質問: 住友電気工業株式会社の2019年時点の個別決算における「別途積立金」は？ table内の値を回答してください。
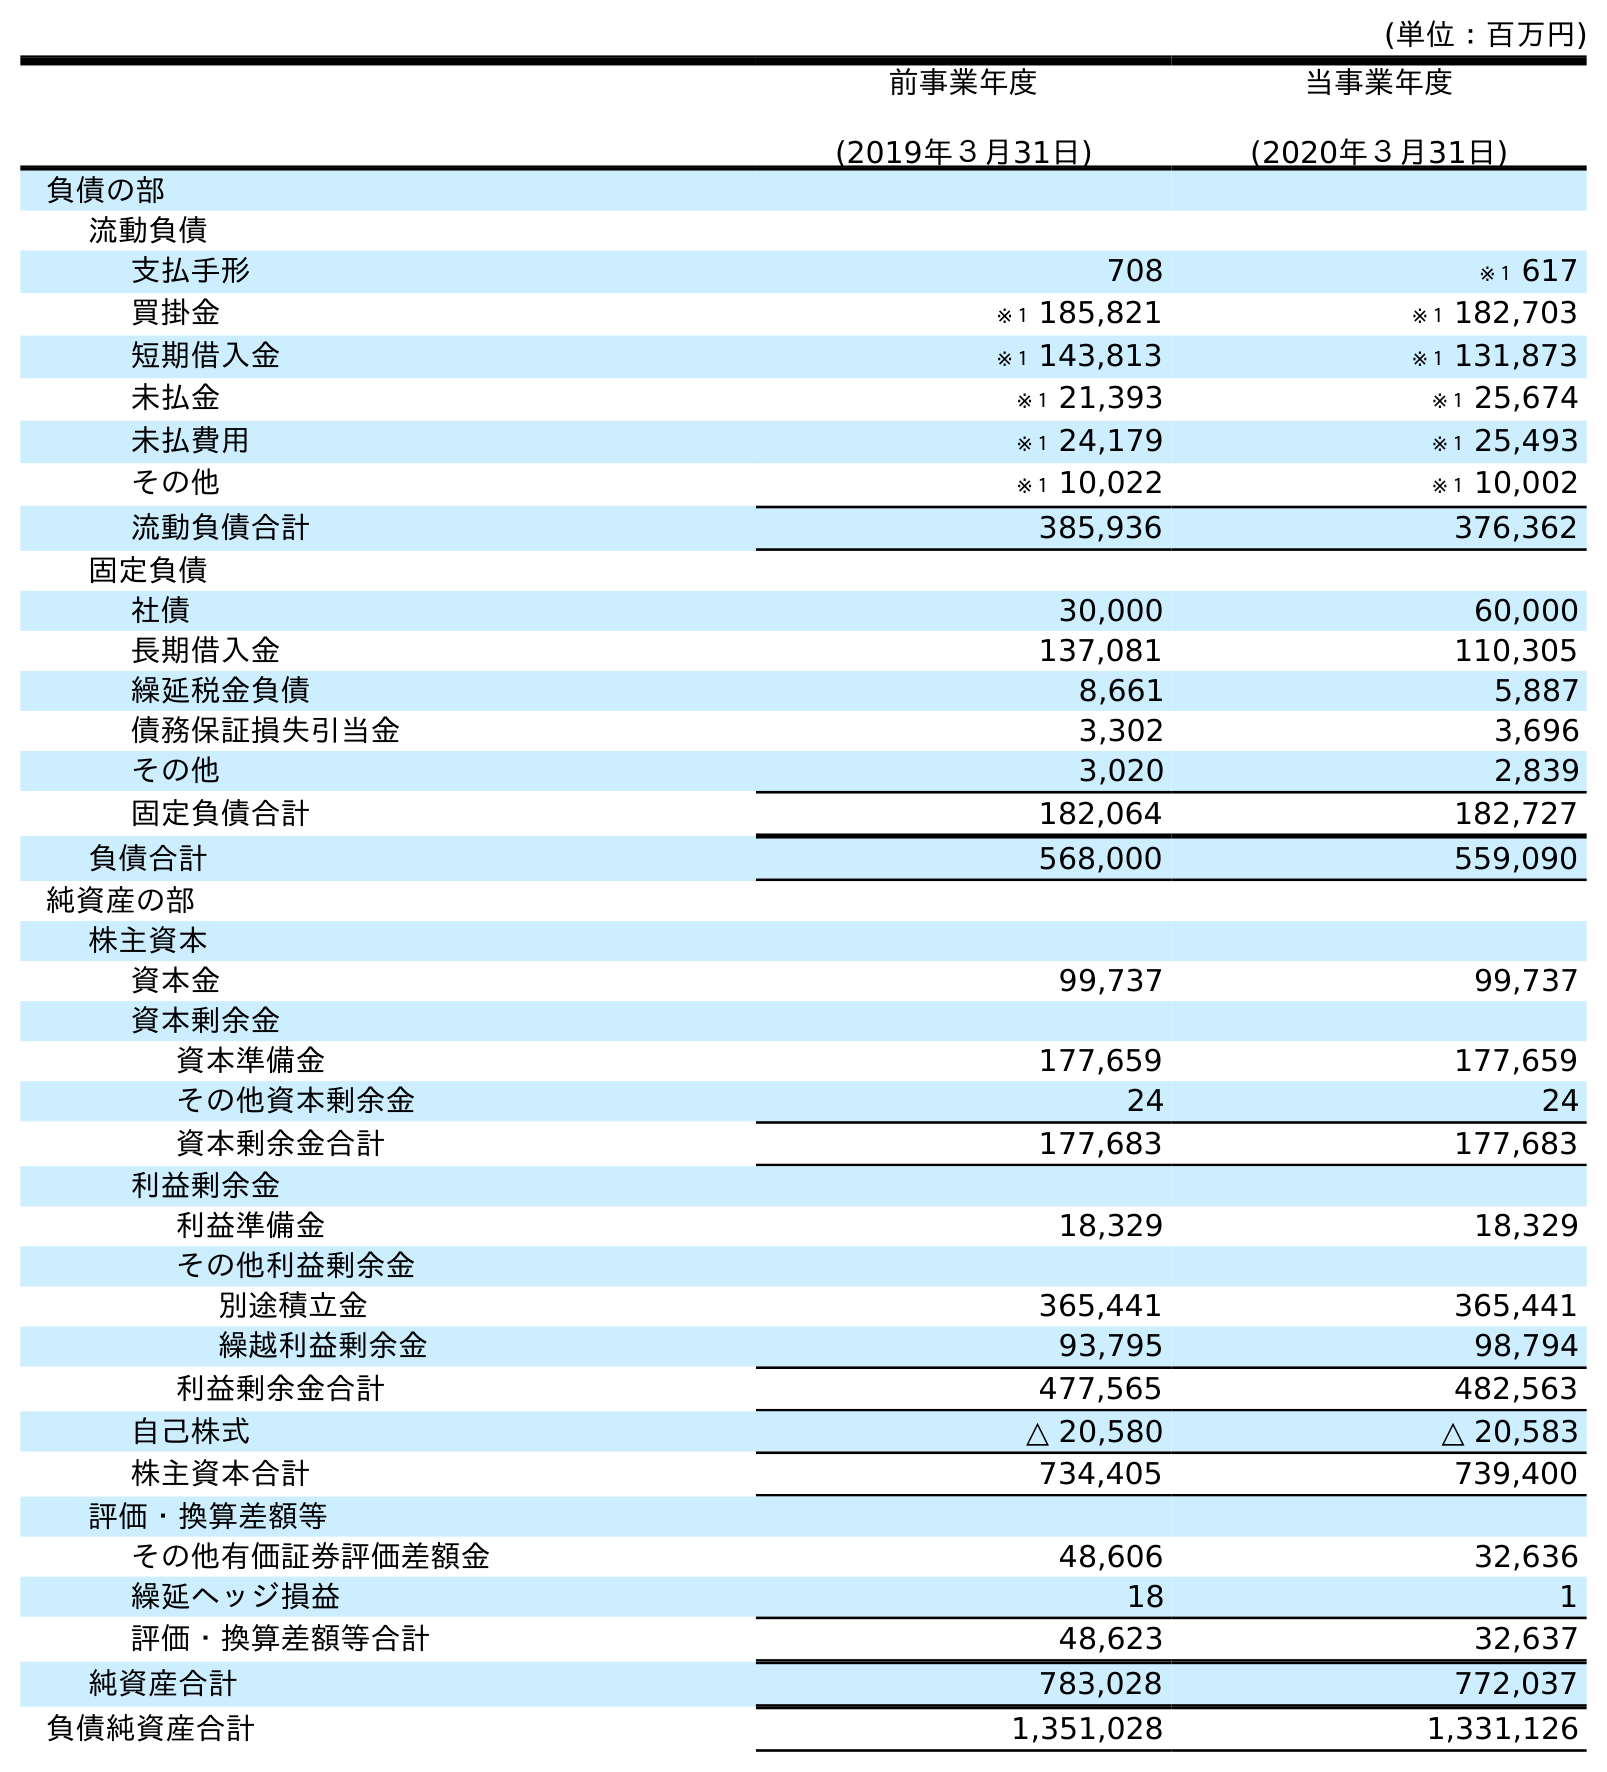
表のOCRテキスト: (単位：百万円) 前事業年度 (2019年３月31日) 当事業年度 (2020年３月31日) 負債の部 流動負債 支払手形 708 ※１ 617 買掛金 ※１ 185,821 ※１ 182,703 短期借入金 ※１ 143,813 ※１ 131,873 未払金 ※１ 21,393 ※１ 25,674 未払費用 ※１ 24,179 ※１ 25,493 その他 ※１ 10,022 ※１ 10,002 流動負債合計 385,936 376,362 固定負債 社債 30,000 60,000 長期借入金 137,081 110,305 繰延税金負債 8,661 5,887 債務保証損失引当金 3,302 3,696 その他 3,020 2,839 固定負債合計 182,064 182,727 負債合計 568,000 559,090 純資産の部 株主資本 資本金 99,737 99,737 資本剰余金 資本準備金 177,659 177,659 その他資本剰余金 24 24 資本剰余金合計 177,683 177,683 利益剰余金 利益準備金 18,329 18,329 その他利益剰余金 別途積立金 365,441 365,441 繰越利益剰余金 93,795 98,794 利益剰余金合計 477,565 482,563 自己株式 △ 20,580 △ 20,583 株主資本合計 734,405 739,400 評価・換算差額等 その他有価証券評価差額金 48,606 32,636 繰延ヘッジ損益 18 1 評価・換算差額等合計 48,623 32,637 純資産合計 783,028 772,037 負債純資産合計 1,351,028 1,331,126
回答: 365,441